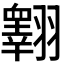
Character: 𦒢